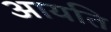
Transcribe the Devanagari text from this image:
आयति